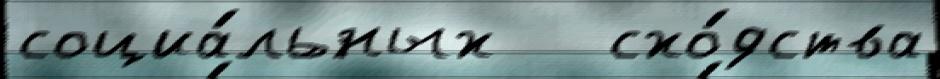
социа́льных   схо́дства